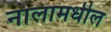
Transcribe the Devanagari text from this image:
नालामधील